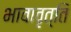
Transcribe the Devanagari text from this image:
भावावृत्ति